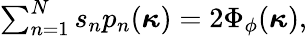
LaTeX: \begin{array}{r}{\sum_{n=1}^{N}s_{n}p_{n}(\boldsymbol{\kappa})=2\Phi_{\phi}(\boldsymbol{\kappa}),}\end{array}